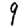
Digit: 9